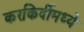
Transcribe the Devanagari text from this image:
करकिर्दीमध्ये